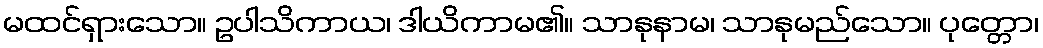
မထင်ရှားသော။ ဥပါသိကာယ၊ ဒါယိကာမ၏။ သာနုနာမ၊ သာနုမည်သော။ ပုတ္တော၊